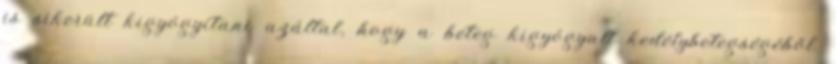
is sikerült kigyógyítani azáltal, hogy a beteg kigyógyult kedélybetegségéből.